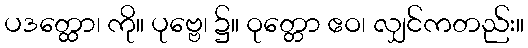
ပဒတ္ထော၊ ကို။ ပုဗ္ဗေ၊ ၌။ ဝုတ္တော ဧဝ၊ လျှင်ကတည်း။